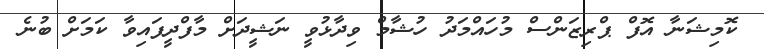
ކޮމިޝަނާ އޮފް ޕްރިޒަންސް މުހައްމަދު ހުޝާމް ވިދާޅުވީ ނަޝީދަށް މާފްދީފައިވާ ކަމަށް ބުނެ